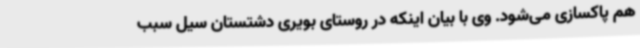
هم پاکسازی می‌شود. وی با بیان اینکه در روستای بویری دشتستان سیل سبب